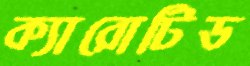
ক্যারোটিড